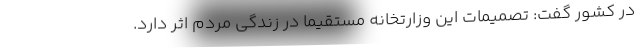
در کشور گفت: تصمیمات این وزارتخانه مستقیما در زندگی مردم اثر دارد.